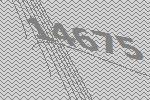
14675